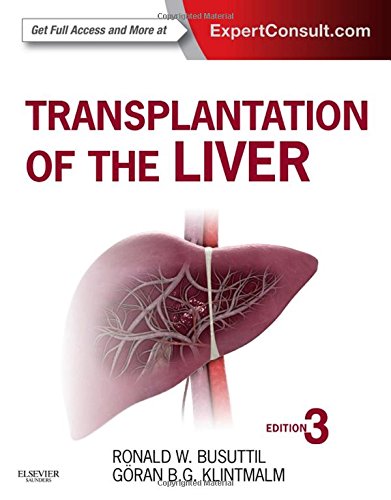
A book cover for Transplantation of the Liver: Expert Consult - Online and Print, 3e; Ronald W. Busuttil MD  PhD; Health, Fitness & Dieting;